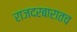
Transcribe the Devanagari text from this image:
राजदरबारातच